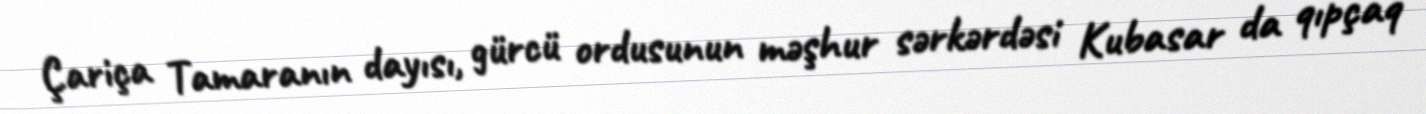
Çariça Tamaranın dayısı, gürcü ordusunun məşhur sərkərdəsi Kubasar da qıpçaq